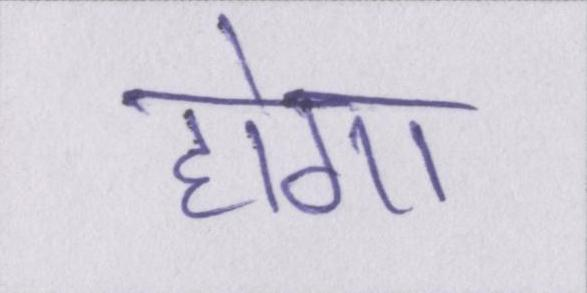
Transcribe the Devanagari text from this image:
होगा